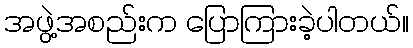
အဖွဲ့အစည်းက ပြောကြားခဲ့ပါတယ်။